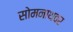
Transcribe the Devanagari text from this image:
सोमनाथवर